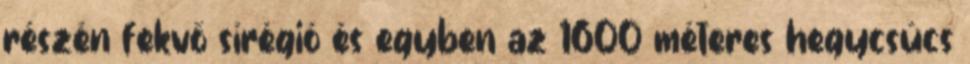
részén fekvő sírégió és egyben az 1600 méteres hegycsúcs